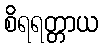
စိရရတ္တာယ